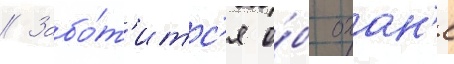
// Забо́т'итс'я о́б охан'е